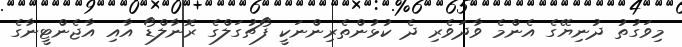
މިވަގުތު ދުނިޔޭގެ އެންމެ ވާދަވެރި ދެ ކުޅުންތެރިންނަކީ ފޯޗުގަލްގެ ރޮނާލްޑޯ އާއި އާޖެންޓީނާގެ